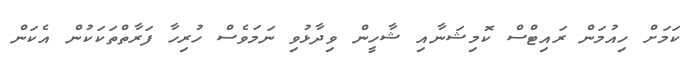
ކަމަށް ހިއުމަން ރައިޓްސް ކޮމިޝަނާއި ޝާހީން ވިދާޅުވި ނަމަވެސް ހުރިހާ ފަރާތްތަކަކުން އެކަން